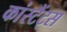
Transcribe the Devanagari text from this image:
कांस्टैंट्स